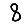
Digit: 8